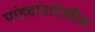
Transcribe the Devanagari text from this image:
पांडवांनादेखील